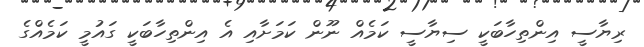
ރިޔާސީ އިންތިހާބަކީ ސިޔާސީ ކަމެއް ނޫން ކަމަށާއި އެ އިންތިހާބަކީ ގައުމީ ކަމެއްގެ